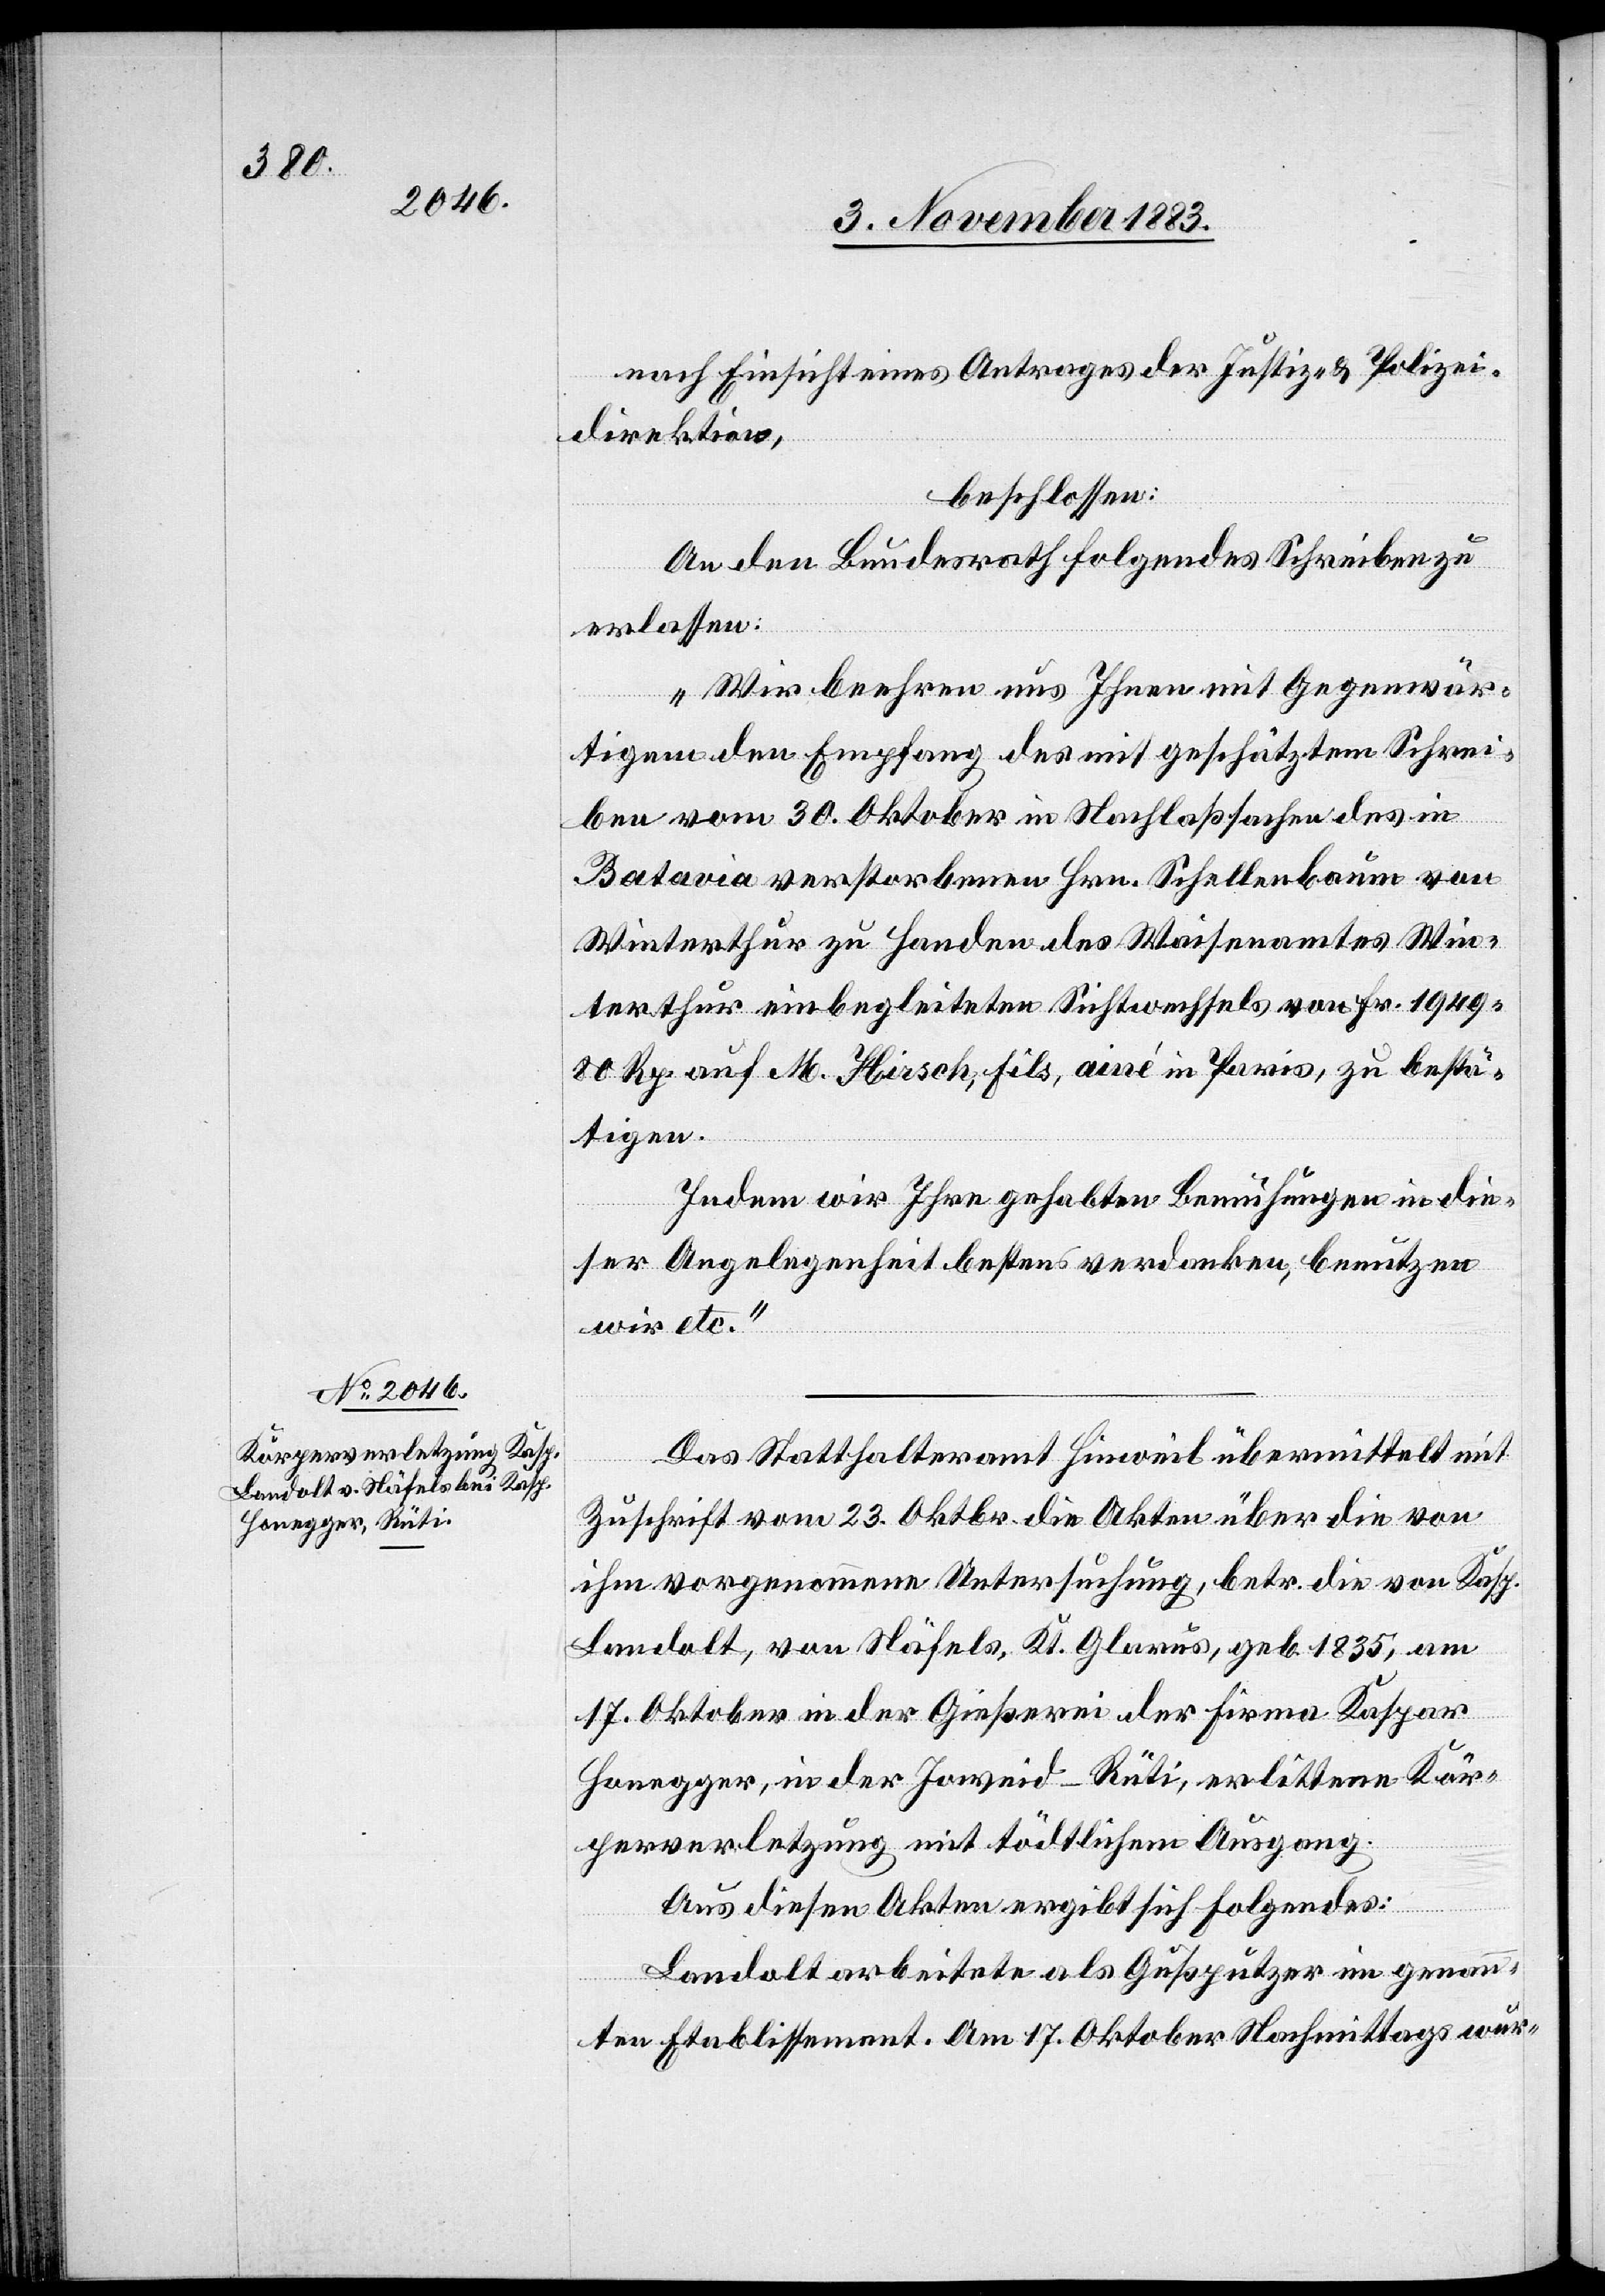
nach Einsicht eines Antrages der Justiz- & Polizei¬
direktion,
beschlossen:
An den Bundesrath folgendes Schreiben zu
erlassen:
„Wir beehren uns Ihnen mit Gegenwär¬
tigem den Empfang des mit geschätztem Schrei¬
ben vom 30. Oktober in Nachlaßsachen des in
Batavia verstorbenen Hrn. Schellenbaum von
Winterthur zu Handen des Waisenamtes Win¬
terthur eingeleiteten Sichtwechsels von Fr. 1949
80 Rp. auf M. Hirsch, fils, ainé in Paris, zu bestä¬
tigen.
Indem wir Ihre gehabten Bemühungen in die¬
ser Angelegenheit bestens verdanken, benutzen
wir etc.“
Das Statthalteramt Hinweil übermittelt mit
Zuschrift vom 23. Oktbr. die Akten über die von
ihm vorgenommene Untersuchung, betr. die von Kasp.
Landolt, von Näfels, Kt. Glarus, geb. 1835, am
17. Oktober in der Gießerei der Firma Kaspar
Honegger, in der Joweid - Rüti, erlittene Kör¬
perverletzung mit tödtlichem Ausgang.
Aus diesen Akten ergibt sich folgendes:
Landolt arbeitete als Gußputzer im genann¬
ten Etablissement. Am 17. Oktober Nachmittags wur-